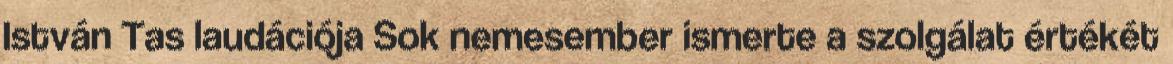
István Tas laudációja Sok nemesember ismerte a szolgálat értékét